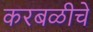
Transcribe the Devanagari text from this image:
करबळीचे